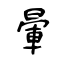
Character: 暈